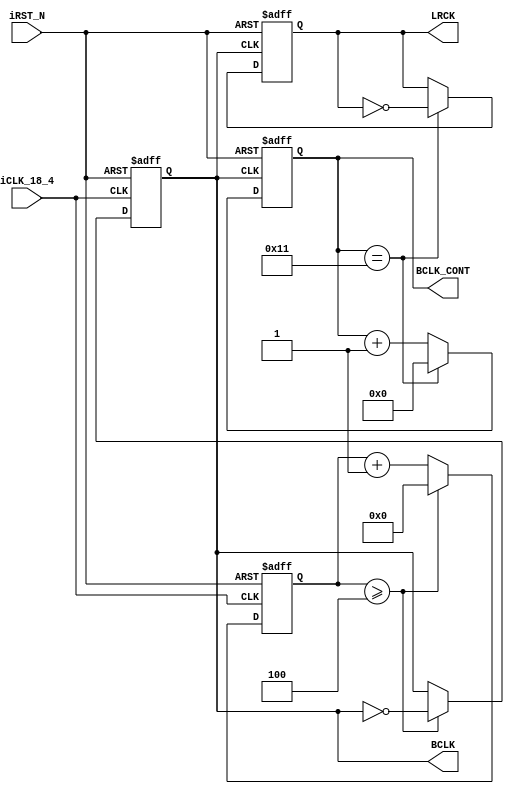
module AUDIO_CLOCK (
					//	Audio Side
					BCLK,
					BCLK_CONT,
					LRCK,
					//	Control Signals
				    iCLK_18_4,
					iRST_N
					);				

parameter	REF_CLK			=	18432000;	//	18.432	MHz
parameter	SAMPLE_RATE		=	48000;		//	48		KHz
parameter	DATA_WIDTH		=	16;			//	16		Bits
parameter	CHANNEL_NUM		=	2;			//	Dual Channel

//	Audio Side
output	reg				LRCK;
output	reg				BCLK;
output	reg		[4:0]	BCLK_CONT;

input					iCLK_18_4;
input					iRST_N;

//	Internal Registers and Wires
reg	[3:0]	BCLK_DIV;

////////////	AUD_BCLK Generator	//////////////
always@(posedge iCLK_18_4 or negedge iRST_N)
begin
	if(!iRST_N)
	begin
		BCLK_DIV		<=	0;
		BCLK			<=	0;
	end
	else
	begin
		if(BCLK_DIV >= REF_CLK/(SAMPLE_RATE*(DATA_WIDTH+2)*CHANNEL_NUM*2)-1 )
		begin
			BCLK_DIV		<=	0;
			BCLK			<=	~BCLK;
		end
		else
			BCLK_DIV		<=	BCLK_DIV+1;
	end
end

//////////////////////////////////////////////////
////////////	AUD_LRCK Generator	//////////////
always@(posedge BCLK or negedge iRST_N)
begin
	if(!iRST_N)
	begin
		BCLK_CONT	<=	0;
		LRCK		<=	0;
	end
	else
	begin
		if(BCLK_CONT==(DATA_WIDTH+1))
		begin
			BCLK_CONT	<=	0;
			LRCK		<=	~LRCK;
		end
		else
		begin
			BCLK_CONT	<=	BCLK_CONT+1;
		end
	end
end

endmodule